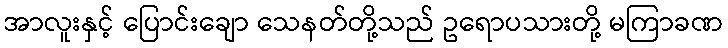
အာလူးနှင့် ပြောင်းချော သေနတ်တို့သည် ဥရောပသားတို့ မကြာခဏ